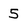
Character: 5